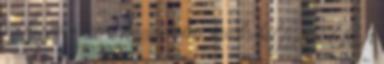
is, hiszen a terem használatért mindenhol fizetni kell. A